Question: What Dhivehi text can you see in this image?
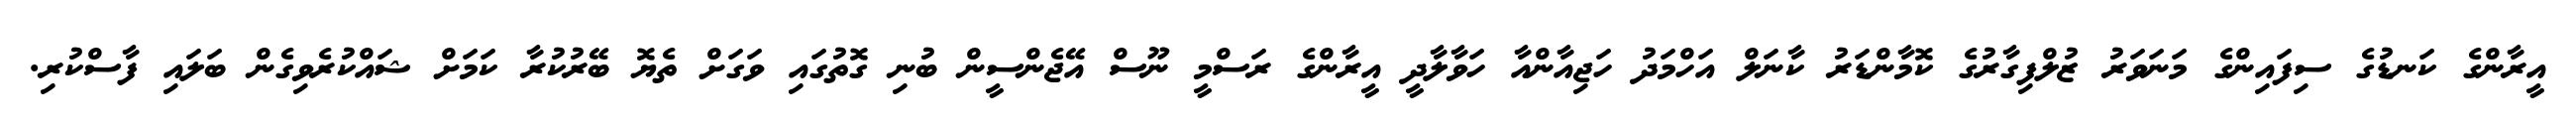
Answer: އީރާންގެ ކަނޑުގެ ސިފައިންގެ މަނަވަރު ޒުލްފިގާރުގެ ކޮމާންޑަރު ކާނަލް އަހްމަދު ހަޖިއާންއާ ހަވާލާދީ އީރާންގެ ރަސްމީ ނޫސް އޭޖެންސީން ބުނި ގޮތުގައި ވަގަށް ތެޔޮ ބޭރުކުރާ ކަމަށް ޝައްކުރެވިގެން ބަލައި ފާސްކުރި.